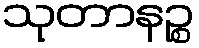
သုတာနဉ္စ